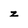
Character: z